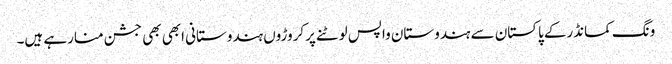
ونگ کمانڈرکے پاکستان سے ہندوستان واپس لوٹنے پرکروڑوں ہندوستانی ابھی بھی جشن منارہے ہیں۔